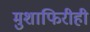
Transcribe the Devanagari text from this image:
मुशाफिरीही